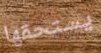
يستحقها